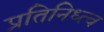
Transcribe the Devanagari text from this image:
प्रतिनिध्त्व